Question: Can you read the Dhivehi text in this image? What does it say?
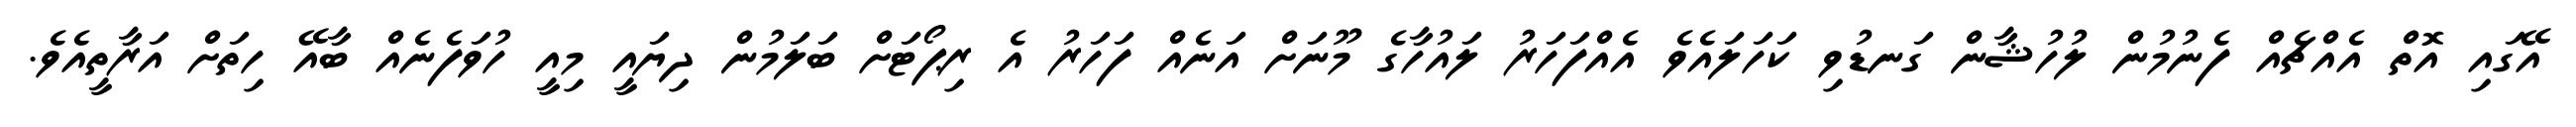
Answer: އޭގައި އޮތް އެއްޗެއް ފެނުމުން ލުހުޝާން ގަނޑުވި ކަހަލައެވެ އެއްފަހަރު ލައުހާގެ މޫނަށް އަނެއް ފަހަރު އެ ރިޕޯޓަށް ބަލަމުން ދިޔައީ މިއީ ހުވަފެނެއް ބާއޭ ހިތަށް އަރާތީއެވެ.